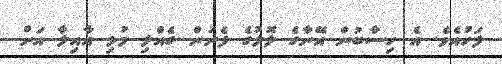
ފަހުއެވެ. އެ ހިސާބުން އޭނާގެ ލޮލުގެ ފެނުން ގެއްލި މުޅި އާއިލާ އަށް